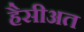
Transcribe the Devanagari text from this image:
हैसीअत